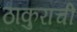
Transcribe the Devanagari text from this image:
ठाकुराची